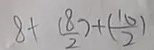
8 + ( \frac { 8 } { 2 } ) + ( \frac { 1 0 } { 2 } )